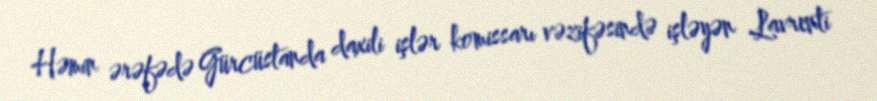
Həmin ərəfədə Gürcüstanda daxili işlər komissarı vəzifəsində işləyən Lavrenti